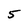
Character: 5